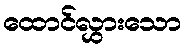
ထောင်လွှားသော